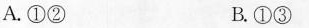
A.①② B.①③